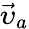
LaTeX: {\vec{\upsilon}}_{a}